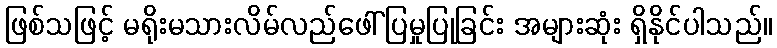
ဖြစ်သဖြင့် မရိုးမသားလိမ်လည်ဖေါ်ပြမှုပြုခြင်း အများဆုံး ရှိနိုင်ပါသည်။